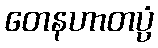
တေနဟာတပ္ပံ